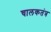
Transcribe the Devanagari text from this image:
चालकतंत्र